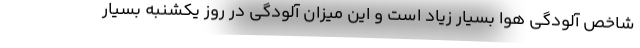
شاخص آلودگی هوا بسیار زیاد است و این میزان آلودگی در روز یکشنبه بسیار